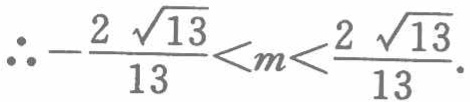
\(\therefore -\frac{2\sqrt{13}}{13}<m<\frac{2\sqrt{13}}{13}\)